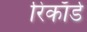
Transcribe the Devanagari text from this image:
रिकाॅर्ड